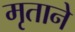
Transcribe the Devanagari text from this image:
मृताने